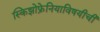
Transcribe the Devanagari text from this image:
स्किझोफ्रेनियाविषयीची